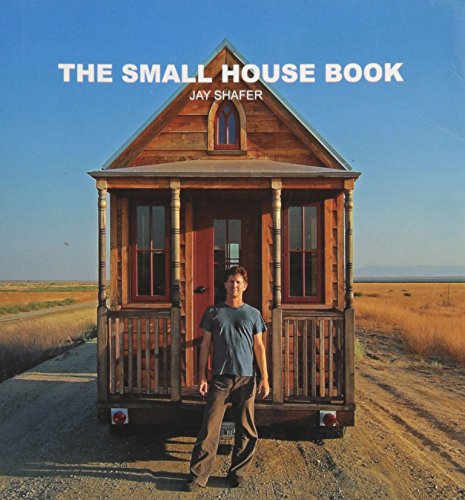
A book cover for The Small House Book; Jay Shafer; Arts & Photography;